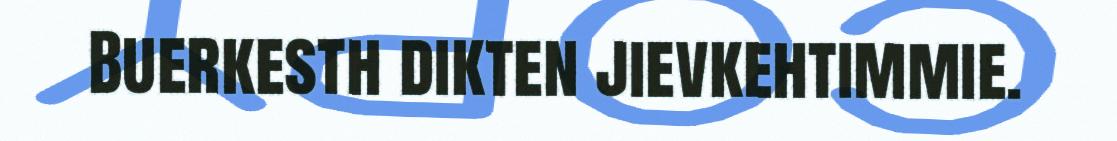
Buerkesth dikten jievkehtimmie.